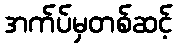
အက်ပ်မှတစ်ဆင့်